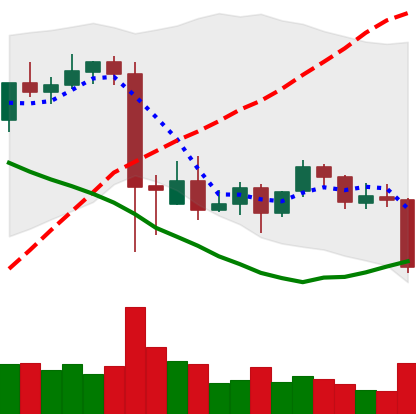
Ticker: BNB-USD
Chart end date: 2021-09-20
Forward return: -3.339%
Label: down_3_5